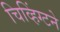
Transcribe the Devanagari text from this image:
चिव्हिंग्टने